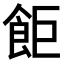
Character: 𫗎